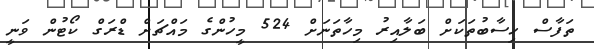
ތަފާސް ހިސާބުތަކަށް ބަލާއިރު މިހާތަނަށް 524 މީހުންގެ މައްޗަށް ޑްރަގް ކޯޓުން ވަނީ